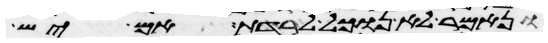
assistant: ונאמר לא נוכל לרדת אם יש